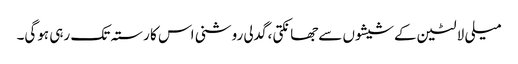
میلی لالٹین کےشیشوں سےجھانکتی ،گدلی روشنی اس کا رستہ تک رہی ہوگی۔